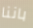
باننا